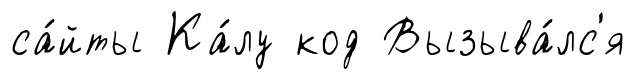
са́йты Ка́лу код Вызыва́лс'я